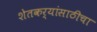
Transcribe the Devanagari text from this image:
शेतकर्‍यांसाठीचा